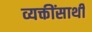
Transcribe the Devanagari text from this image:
व्यक्तींसाथी